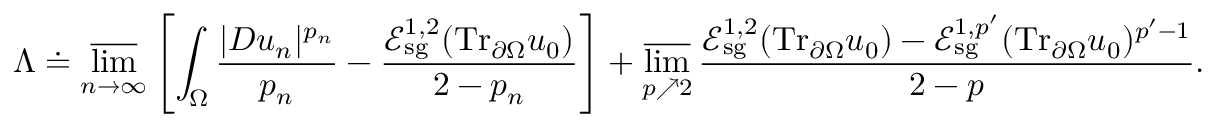
\Lambda \doteq \varlimsup _ { n \to \infty } \left[ \int _ { \Omega } \frac { | D u _ { n } | ^ { p _ { n } } } { p _ { n } } - \frac { \mathcal E _ { \mathrm { s g } } ^ { 1 , 2 } ( \mathrm { T r } _ { \partial \Omega } u _ { 0 } ) } { 2 - p _ { n } } \right] + \varlimsup _ { p \nearrow 2 } \frac { \mathcal E _ { \mathrm { s g } } ^ { 1 , 2 } ( \mathrm { T r } _ { \partial \Omega } u _ { 0 } ) - \mathcal E _ { \mathrm { s g } } ^ { 1 , p ^ { \prime } } ( \mathrm { T r } _ { \partial \Omega } u _ { 0 } ) ^ { p ^ { \prime } - 1 } } { 2 - p } .